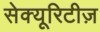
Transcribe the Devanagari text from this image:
सेक्यूरिटीज़